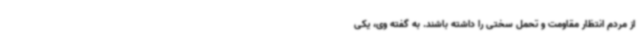
از مردم انتظار مقاومت و تحمل سختی را داشته باشند. به گفته وی، یکی